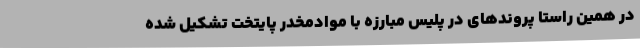
در همین راستا پروندهای در پلیس مبارزه با موادمخدر پایتخت تشکیل شده